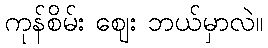
ကုန်စိမ်း ဈေး ဘယ်မှာလဲ။